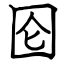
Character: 囵